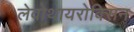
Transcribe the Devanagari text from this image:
लेवोथायरोक्सिन